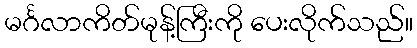
မင်္ဂလာကိတ်မုန့်ကြီးကို ပေးလိုက်သည်။